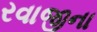
રવાજીના